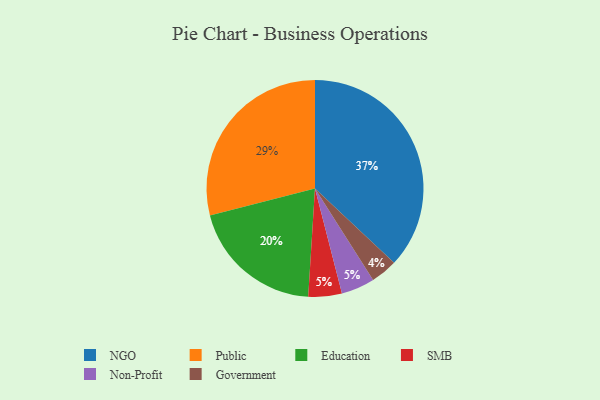
{"axis": {"x": "Category", "y": "Percentage"}, "legend": ["Education", "Government", "NGO", "Non-Profit", "Public", "SMB"], "data": [{"x": "SMB", "y": 5, "type": "SMB"}, {"x": "Non-Profit", "y": 5, "type": "Non-Profit"}, {"x": "Education", "y": 20, "type": "Education"}, {"x": "Public", "y": 29, "type": "Public"}, {"x": "Government", "y": 4, "type": "Government"}, {"x": "NGO", "y": 37, "type": "NGO"}]}